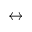
\leftrightarrow